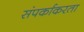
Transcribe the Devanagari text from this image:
संपर्काकरता